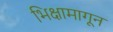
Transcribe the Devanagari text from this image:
भिक्षामागून